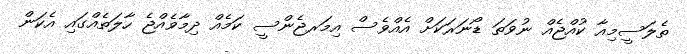
ތެލަސީމިއާ ކުއްޖެއް ނުވަތަ ޑޯނަރަކަށް އެއްވެސް އިމަރޖެންސީ ކަމެއް ދިމާވެއްޖެ ހާލަތެއްގައި އެކަން